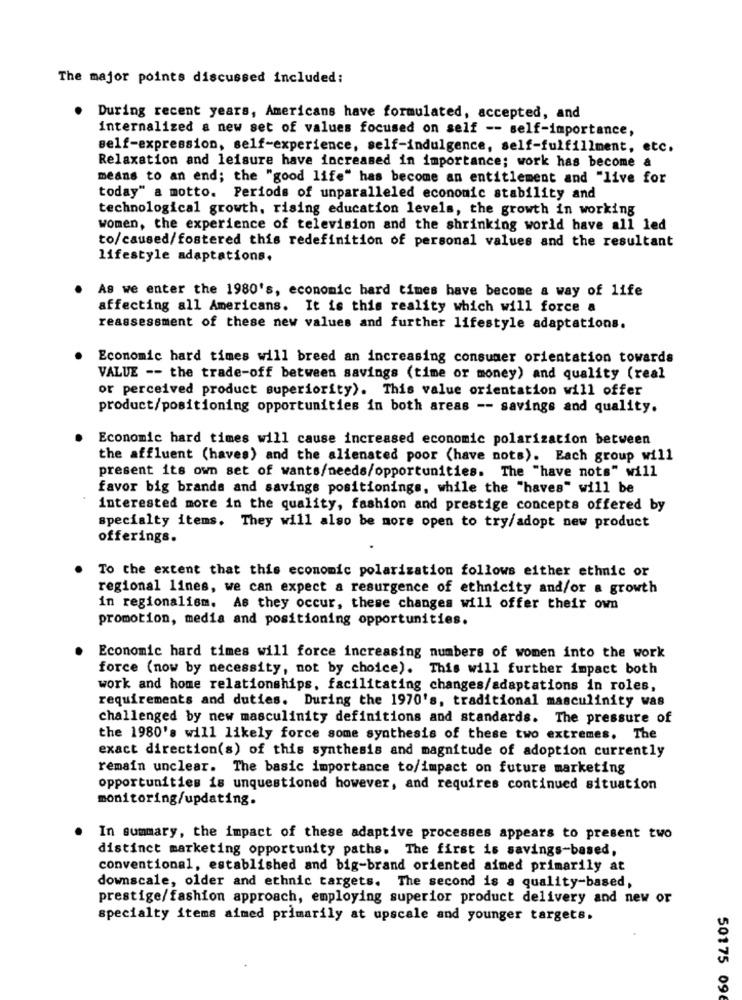
The major points discussed included:
During recent years, Americans have formulated, accepted, and
internalized a new set of values focused on self -- self-importance,
self-expression, self-experience, self-indulgence, self-fulfillment, etc.
Relaxation and leisure have increased in importance; work has become a
means to an end; the "good life" has become an entitlement and "live for
today" a motto. Periods of unparalleled economic stability and
technological growth, rising education levels, the growth in working
women, the experience of television and the shrinking world have all led
to/caused/fostered this redefinition of personal values and the resultant
lifestyle adaptations.
As we enter the 1980's, economic hard times have become a way of life
affecting all Americans. It is this reality which will force a
reassessment of these new values and further lifestyle adaptations.
Economic hard times will breed an increasing consumer orientation towards
VALUE -- the trade-off between savings (time or money) and quality (real
or perceived product superiority). This value orientation will offer
product/positioning opportunities in both areas -- savings and quality.
Economic hard times will cause increased economic polarization between
the affluent (haves) and the alienated poor (have nots). Each group will
present its own set of wants/needs/opportunities. The "have nots" will
favor big brands and savings positionings, while the "haves" will be
interested more in the quality, fashion and prestige concepts offered by
specialty items. They will also be more open to try/adopt new product
offerings.
To the extent that this economic polarization follows either ethnic or
regional lines, we can expect a resurgence of ethnicity and/or a growth
in regionalism. As they occur, these changes will offer their own
promotion, media and positioning opportunities.
Economic hard times will force increasing numbers of women into the work
force (now by necessity, not by choice). This will further impact both
work and home relationships, facilitating changes/adaptations in roles,
requirements and duties. During the 1970's, traditional masculinity was
challenged by new masculinity definitions and standards. The pressure of
the 1980's will likely force some synthesis of these two extremes. The
exact direction(s) of this synthesis and magnitude of adoption currently
remain unclear. The basic importance to/impact on future marketing
opportunities is unquestioned however, and requires continued situation
monitoring/updating.
In summary, the impact of these adaptive processes appears to present two
distinct marketing opportunity paths. The first is savings-based,
conventional, established and big-brand oriented aimed primarily at
downscale, older and ethnic targets. The second is a quality-based,
prestige/fashion approach, employing superior product delivery and new or
specialty items aimed primarily at upscale and younger targets.
50175 096